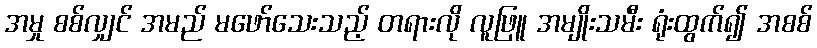
အမှု စစ်လျှင် အမည် မဖော်သေးသည့် တရားလို လူဖြူ အမျိုးသမီး ရုံးထွက်၍ အစစ်